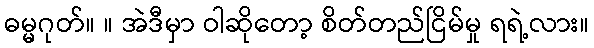
ဓမ္မဂုတ်။ ။ အဲဒီမှာ ဝါဆိုတော့ စိတ်တည်ငြိမ်မှု ရရဲ့လား။